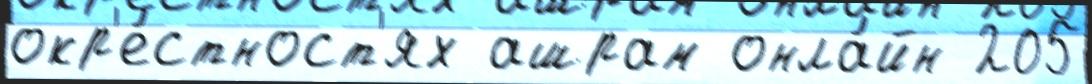
окр'е́стност'ях ашрам онла́йн 205